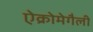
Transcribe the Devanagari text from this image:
ऐक्रोमेगैली